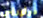
دولوريس